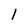
Character: 1